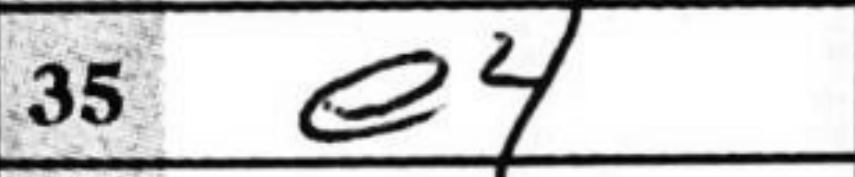
Transcription: e4